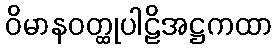
ဝိမာနဝတ္ထုပါဠိအဋ္ဌကထာ